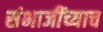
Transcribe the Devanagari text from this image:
संभाजींच्याच